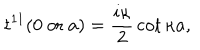
t ^ { 1 1 } ( 0 \mathrm { ~ o r ~ } a ) = { \frac { i \kappa } { 2 } } \cot \kappa a ,